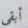
أبقي